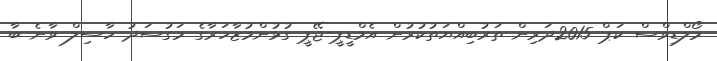
މޯލްޑިވްސް ކަޕް 2015ދަރިން ތަރުބިއްޔަތުކުރުން އެމްޑީޕީ-ޖޭޕީ ގުޅުންމުޒާހަރާގެ މަގުސަދު ހާސިލް ވާނެ ބާ